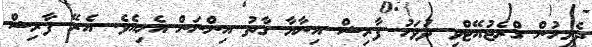
ދެމީހުން ގްރެޖުއޭޓްވި ދުވަހު ފާރިޝް އިނާޔާ ގާތު އިންނަން އެހިއެވެ. އެރޭ ފާރިޝް